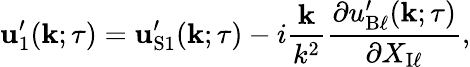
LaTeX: {\mathbf{u}}_{1}^{\prime}({\mathbf{k}};\tau)={\mathbf{u}}_{\mathrm{{S}}1}^{\prime}({\mathbf{k}};\tau)-i\frac{{\mathbf{k}}}{k^{2}}\frac{\partial u_{\mathrm{{B}}\ell}^{\prime}({\mathbf{k}};\tau)}{\partial X_{\mathrm{{I}}\ell}},